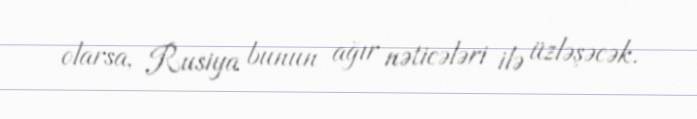
olarsa, Rusiya bunun ağır nəticələri ilə üzləşəcək.